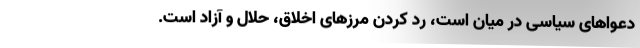
دعواهای سیاسی در میان است، رد کردن مرزهای اخلاق، حلال و آزاد است.